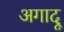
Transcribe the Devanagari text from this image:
अगादू